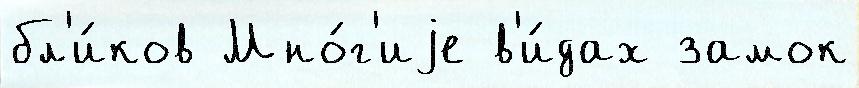
бл'и́ков Мно́г'иjе в'и́дах замок